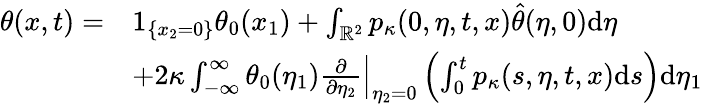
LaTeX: \begin{array}{rl}{\theta(x,t)=}&{1_{\{ x_{2}=0\} }\theta_{0}(x_{1})+\int_{\mathbb{R}^{2}}p_{\kappa}(0,\eta,t,x)\hat{\theta}(\eta,0)\mathrm{d}\eta}\\ &{+2\kappa\int_{-\infty}^{\infty}\theta_{0}(\eta_{1})\left.\frac{\partial}{\partial\eta_{2}}\right|_{\eta_{2}=0}\left(\int_{0}^{t}p_{\kappa}(s,\eta,t,x)\mathrm{d}s\right)\mathrm{d}\eta_{1}}\end{array}